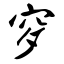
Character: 穸